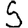
Digit: 5